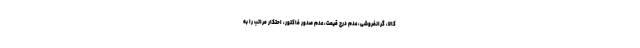
کالا، گرانفروشی، عدم درج قیمت، عدم صدور فاکتور، احتکار مراتب را به